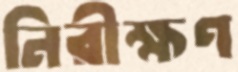
নিরীক্ষণ